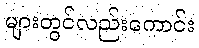
များတွင်လည်းကောင်း